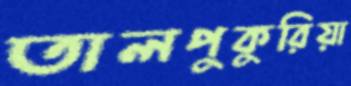
তালপুকুরিয়া